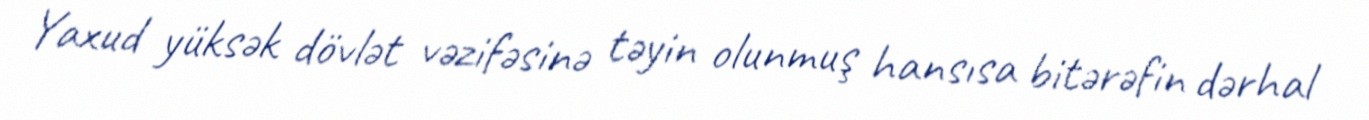
Yaxud yüksək dövlət vəzifəsinə təyin olunmuş hansısa bitərəfin dərhal